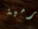
رمية